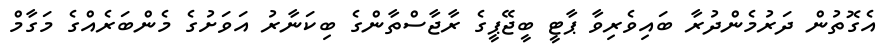
އެގޮތުން ދަރުމެންދުރާ ބައިވެރިވާ ޕާޓީ ބީޖޭޕީގެ ރާޖާސްތާންގެ ބިކަނާރު އަވަށުގެ މެންބަރެއްގެ މަގާމް